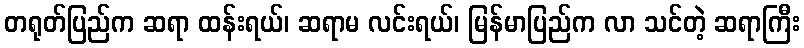
တရုတ်ပြည်က ဆရာ ထန်းရယ်၊ ဆရာမ လင်းရယ်၊ မြန်မာပြည်က လာ သင်တဲ့ ဆရာကြီး